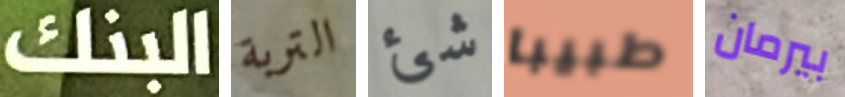
البنك التربة شئ طبيبا بيرمان